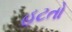
હટતો